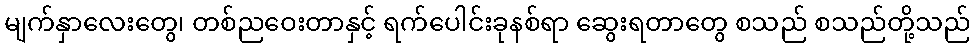
မျက်နှာလေးတွေ၊ တစ်ညဝေးတာနှင့် ရက်ပေါင်းခုနစ်ရာ ဆွေးရတာတွေ စသည် စသည်တို့သည်